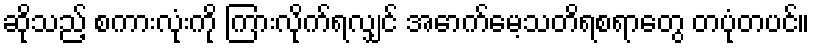
ဆိုသည့် စကားလုံးကို ကြားလိုက်ရလျှင် အောက်မေ့သတိရစရာတွေ တပုံတပင်။